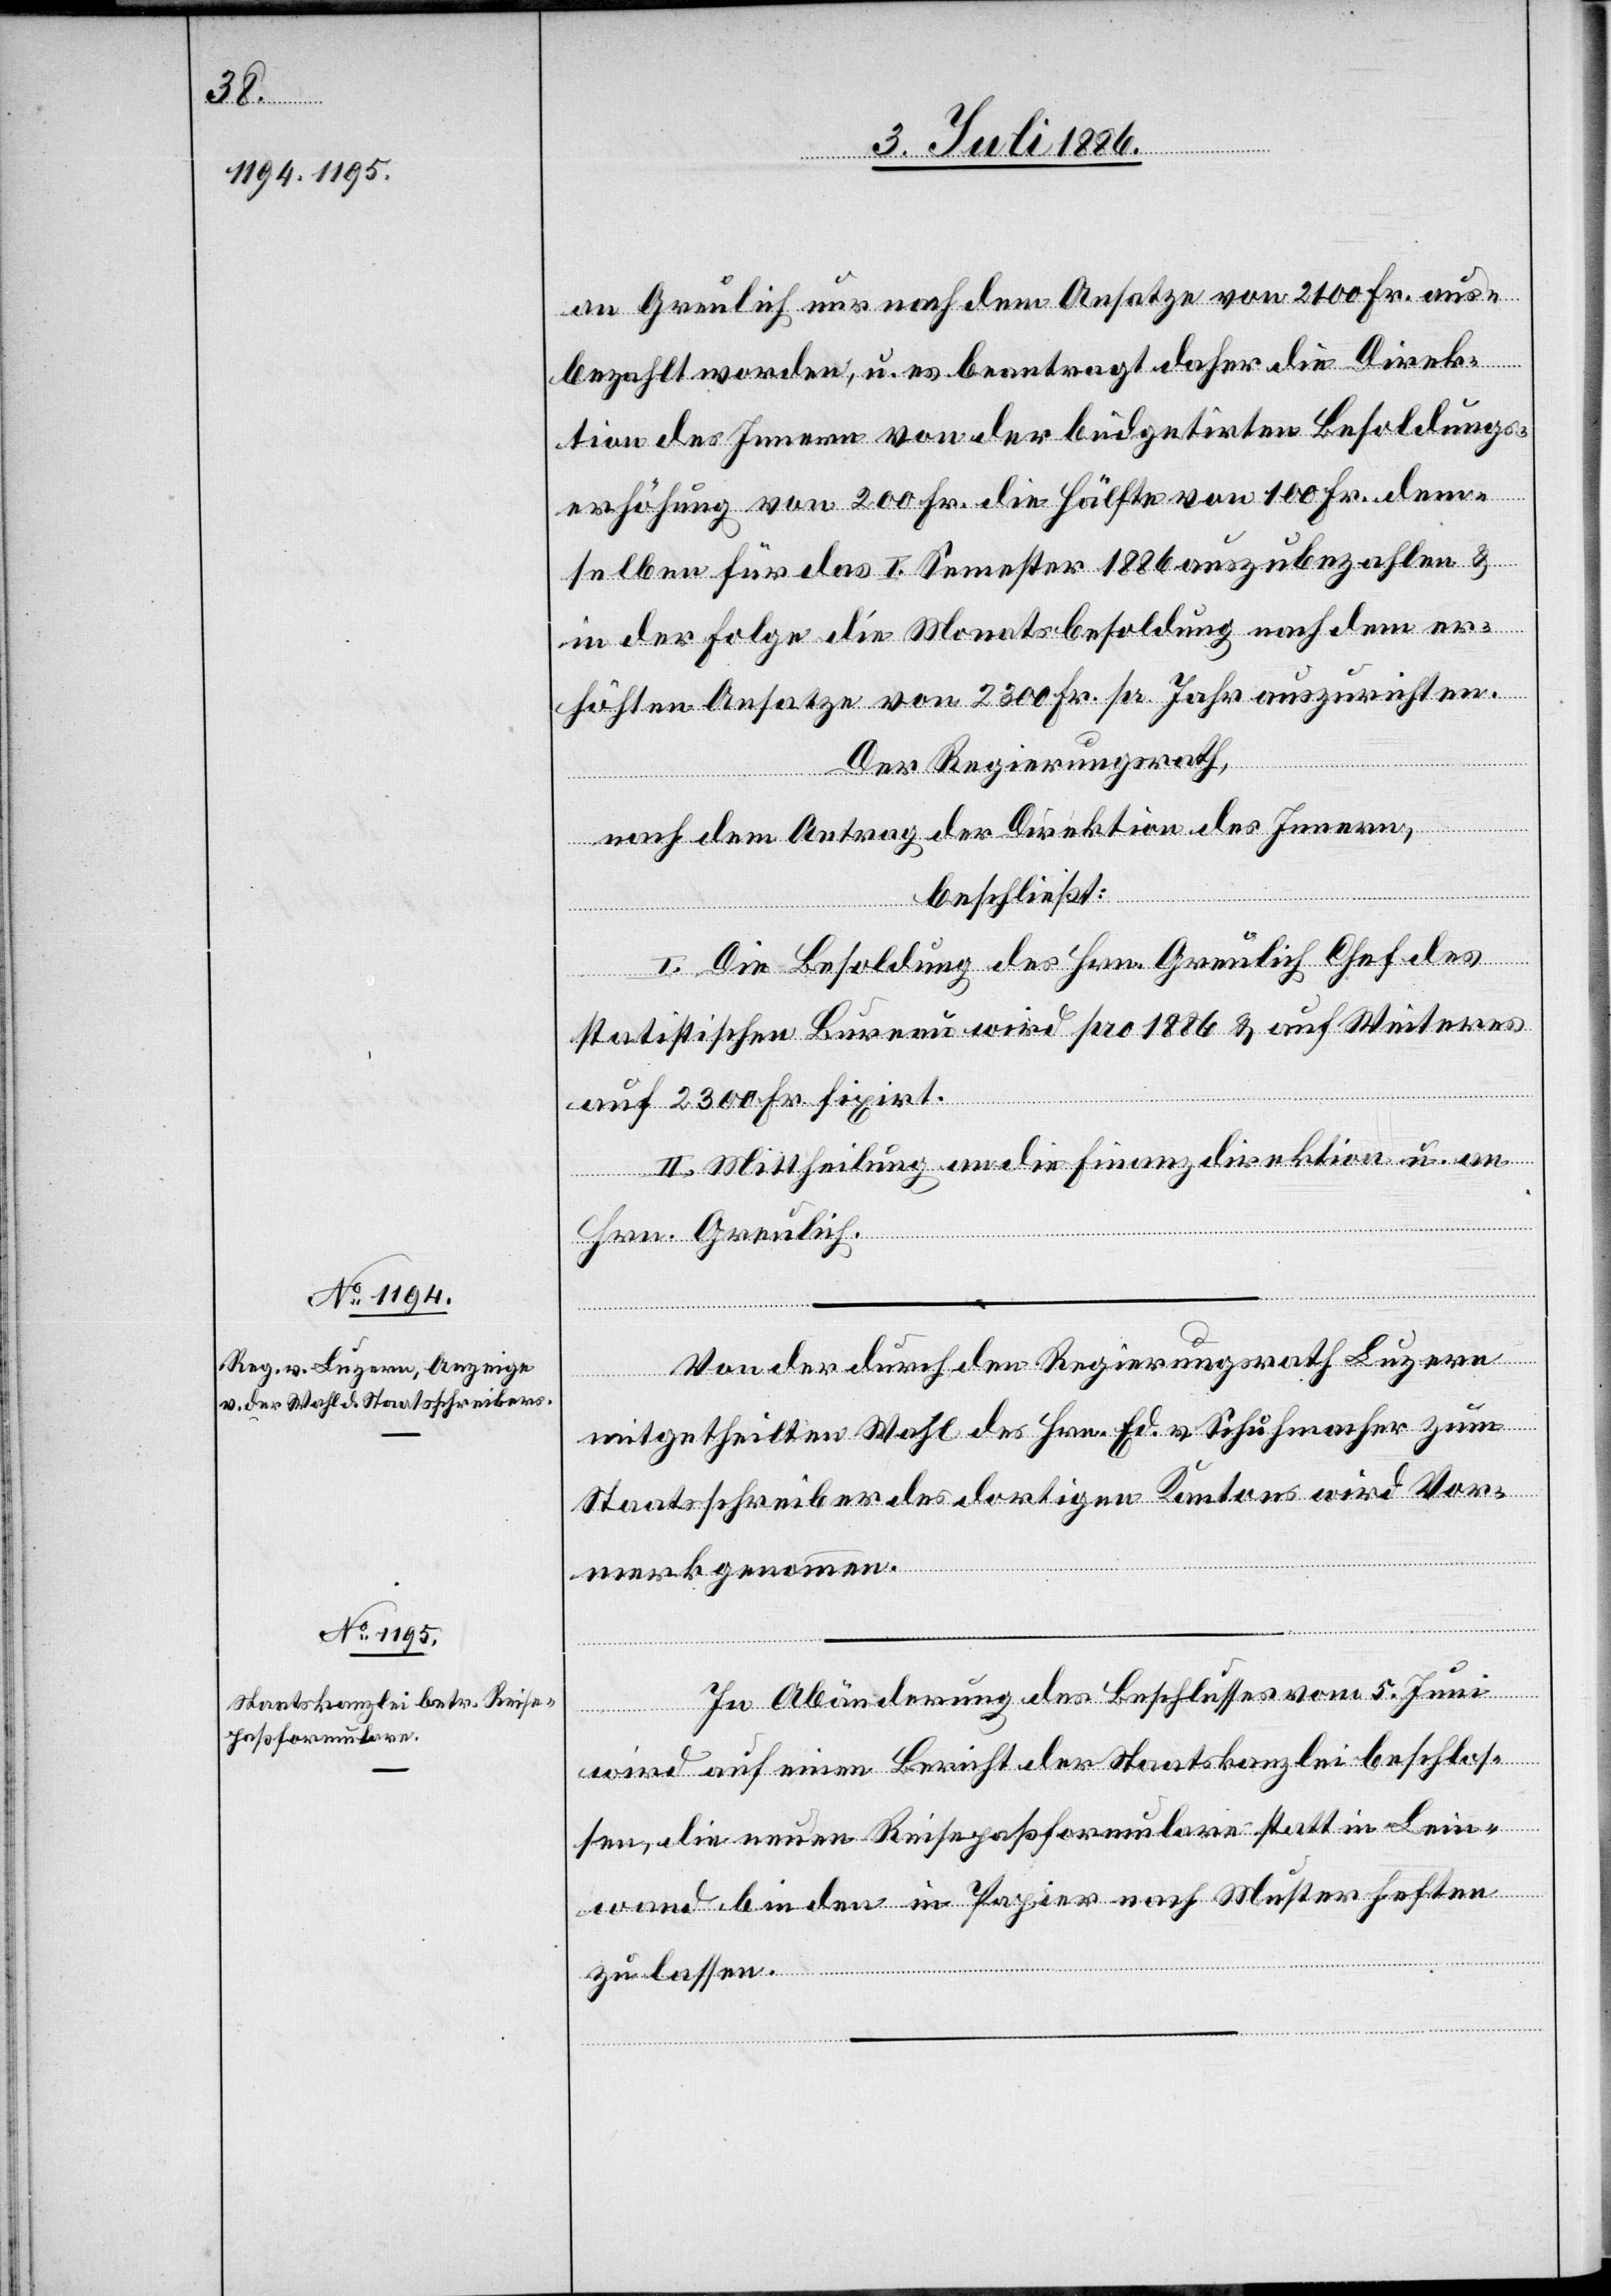
an Greulich nur nach dem Ansatze von 2100 Fr. aus¬
bezahlt worden, u. es beantragt daher die Direk¬
tion des Innern von der büdgetirten Besoldungs¬
erhöhung von 200 Fr. die Hälfte von 100 Fr. dem¬
selben für das I. Semester 1886 auszubezahlen &
in der Folge die Monatsbesoldung nach dem er¬
höhten Ansatze von 2300 Fr. pr. Jahr auszurichten.
Der Regierungsrath,
Innern,
beschließt:
I. Die Besoldung des Hrn. Greulich[,] Chef des
statistischen Bureau wird pro 1886 & auf Weiteres
Direktion des
auf 2300 Fr. fixirt.
II. Mittheilung an die Finanzdirektion u. an
Hrn. Greulich.
Von der durch den Regierungsrath Luzern
mitgetheilten Wahl des Hrn. Ed. v. Schuhmacher zum
Staatsschreiber des dortigen Kantons wird Vor¬
merk genommen.
In Abänderung des Beschlusses vom 5. Juni
wird auf einen Bericht der Staatskanzlei beschlos¬
sen, die neuen Reisepaßformulare statt in Lein¬
wand binden in Papier nach Muster heften
zu lassen.